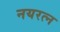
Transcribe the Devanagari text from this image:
नयरत्न